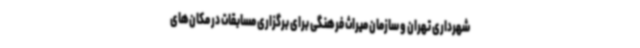
شهرداری تهران و سازمان میراث فرهنگی برای برگزاری مسابقات در مکان‌های